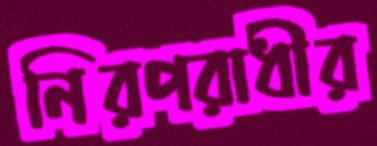
নিরপরাধীর